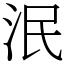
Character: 泯